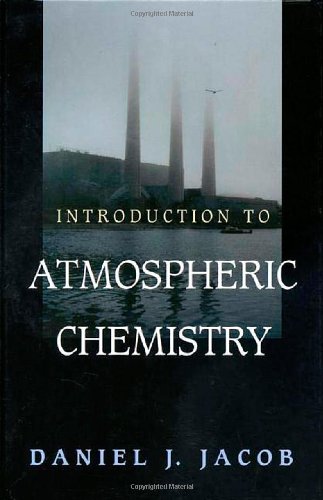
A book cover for Introduction to Atmospheric Chemistry; Daniel Jacob; Science & Math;